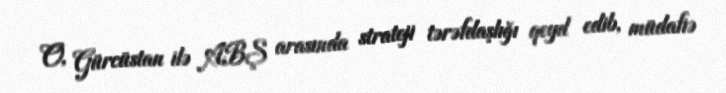
O, Gürcüstan ilə ABŞ arasında strateji tərəfdaşlığı qeyd edib, müdafiə